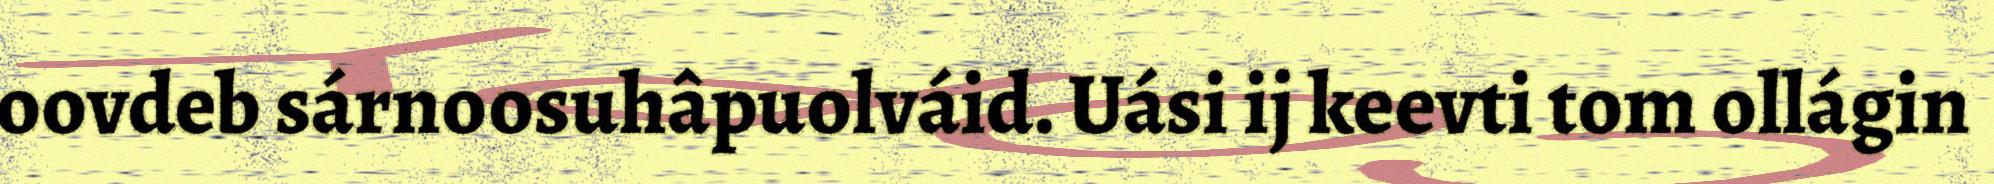
oovdeb sárnoosuhâpuolváid. Uási ij keevti tom ollágin